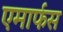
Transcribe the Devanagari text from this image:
एमार्फस